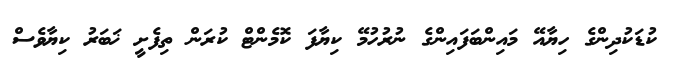
ކުޑަކުދިންގެ ހިޔާއޭ މައިންބަފައިންގެ ނުރުހުމޭ ކިޔާފަ ކޮމެންޓް ކުރަން ތިފެށީ ޚަބަރު ކިޔާވެސް